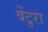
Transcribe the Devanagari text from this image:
वेंटुरा